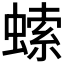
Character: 𧎳